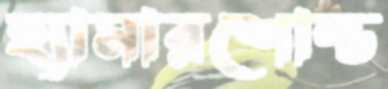
হ্যামারশোল্ড